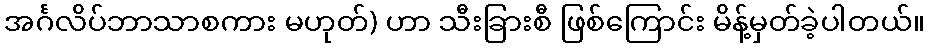
အင်္ဂလိပ်ဘာသာစကား မဟုတ်) ဟာ သီးခြားစီ ဖြစ်ကြောင်း မိန့်မှတ်ခဲ့ပါတယ်။